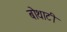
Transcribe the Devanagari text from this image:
बोथाटी